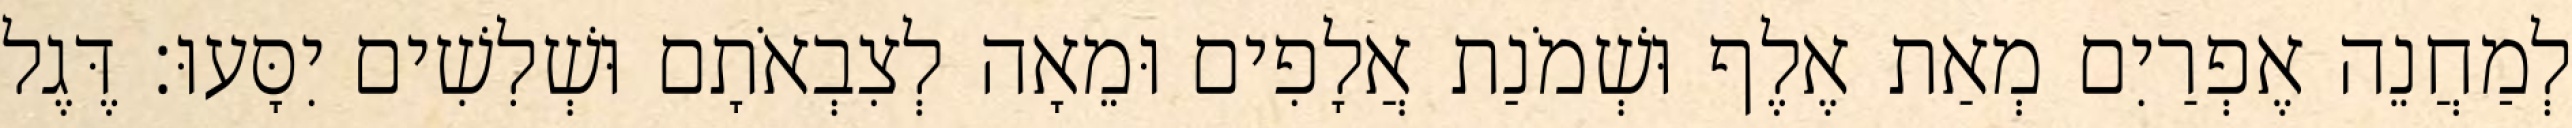
לְמַחֲנֵה אֶפְרַיִם מְאַת אֶלֶף וּשְׁמֹנַת אֲלָפִים וּמֵאָה לְצִבְאֹתָם וּשְׁלִשִׁים יִסָּעוּ׃ דֶּגֶל